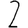
Digit: 2